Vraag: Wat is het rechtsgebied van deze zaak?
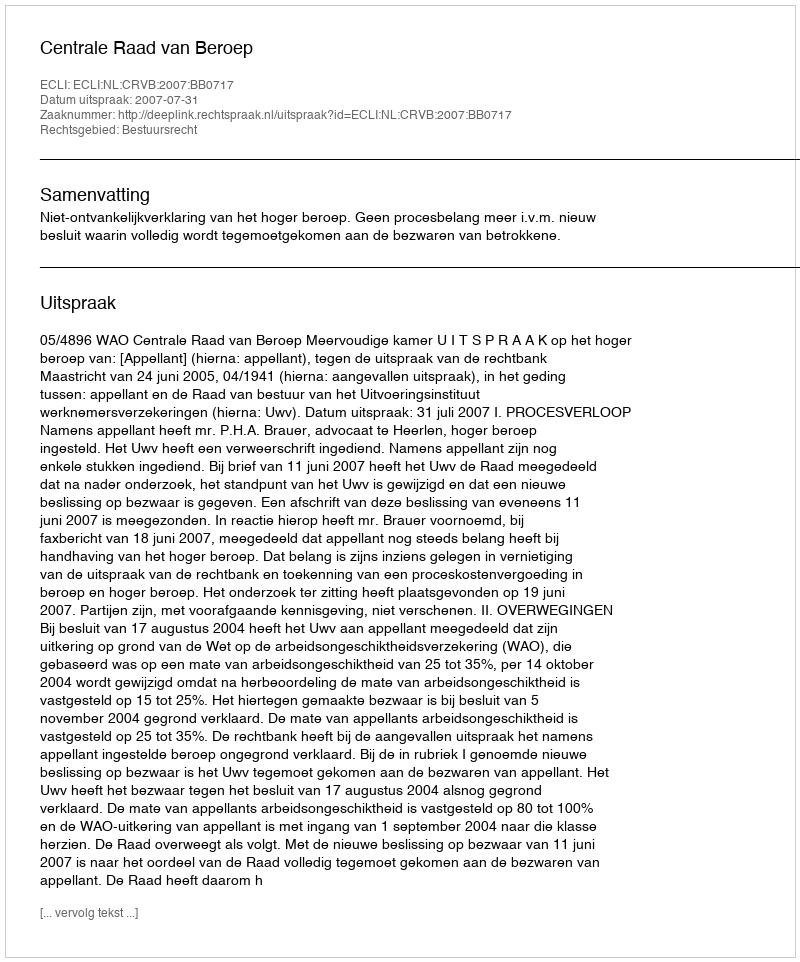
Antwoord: Bestuursrecht